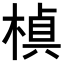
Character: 𭫕